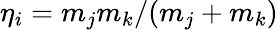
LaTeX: \eta_{i}=m_{j}m_{k}/(m_{j}+m_{k})